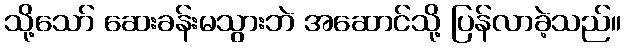
သို့သော် ဆေးခန်းမသွားဘဲ အဆောင်သို့ ပြန်လာခဲ့သည်။